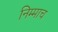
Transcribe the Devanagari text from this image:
निम्माच